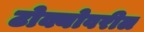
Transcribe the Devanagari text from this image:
टोक्योवरील